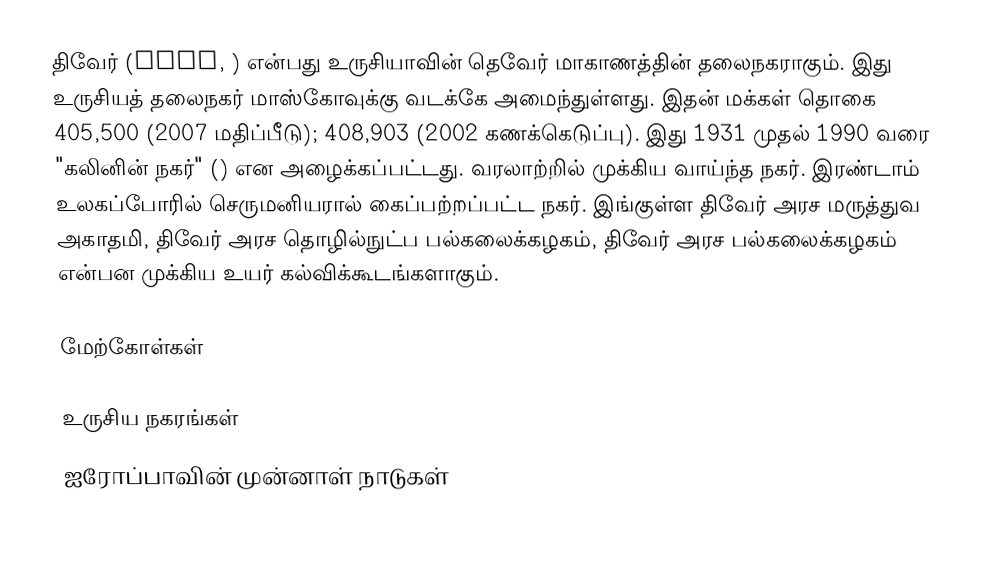
திவேர் (Tver, ) என்பது உருசியாவின் தெவேர் மாகாணத்தின் தலைநகராகும். இது உருசியத் தலைநகர் மாஸ்கோவுக்கு வடக்கே அமைந்துள்ளது. இதன் மக்கள் தொகை 405,500 (2007 மதிப்பீடு); 408,903 (2002 கணக்கெடுப்பு). இது 1931 முதல் 1990 வரை "கலினின் நகர்" () என அழைக்கப்பட்டது. வரலாற்றில் முக்கிய வாய்ந்த நகர். இரண்டாம் உலகப்போரில் செருமனியரால் கைப்பற்றப்பட்ட நகர். இங்குள்ள திவேர் அரச மருத்துவ அகாதமி, திவேர் அரச தொழில்நுட்ப பல்கலைக்கழகம், திவேர் அரச பல்கலைக்கழகம் என்பன முக்கிய உயர் கல்விக்கூடங்களாகும்.

மேற்கோள்கள்

உருசிய நகரங்கள்
ஐரோப்பாவின் முன்னாள் நாடுகள்